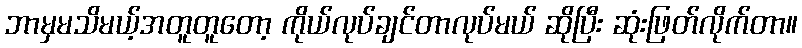
ဘာမှမသိမယ့်အတူတူတော့ ကိုယ်လုပ်ချင်တာလုပ်မယ် ဆိုပြီး ဆုံးဖြတ်လိုက်တာ။